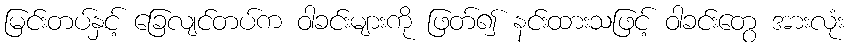
မြင်းတပ်နှင့် ခြေလျင်တပ်က ဝါခင်းများကို ဖြတ်၍ နင်းထားသဖြင့် ဝါခင်းတွေ အားလုံး